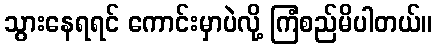
သွားနေရရင် ကောင်းမှာပဲလို့ ကြံစည်မိပါတယ်။